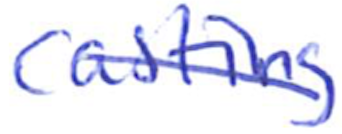
Text: casting
Cross-out: diagonal
Writing tool: ballpoint